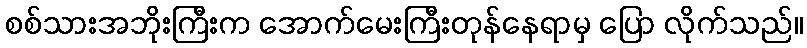
စစ်သားအဘိုးကြီးက အောက်မေးကြီးတုန်နေရာမှ ပြော လိုက်သည်။